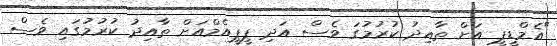
"އެމްޑީޕީ އަށް ތާއިދު ކުރުމުގަ ވެސް އަދި ޕީޕީއެމްއަށް ތާއިދު ކުރުމުގައި ވެސް